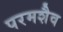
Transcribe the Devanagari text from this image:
परमशैव